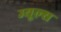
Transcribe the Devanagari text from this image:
म्यूल्स